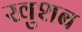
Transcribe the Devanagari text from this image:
खुशब